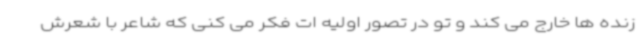
زنده ها خارج می کند و تو در تصور اولیه ات فکر می کنی که شاعر با شعرش